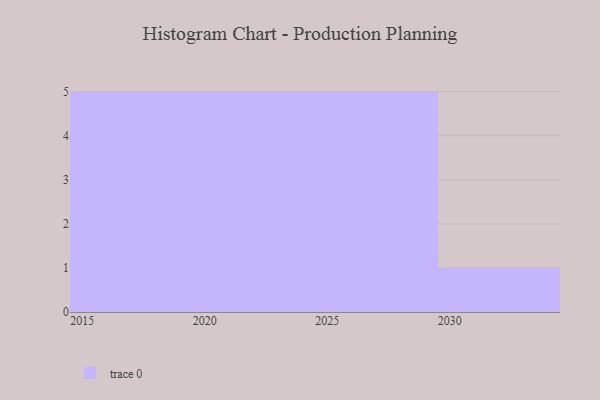
{"axis": {"x": "Year", "y": "Production Output"}, "legend": [""], "data": [{"x": "2026", "y": 89, "type": ""}, {"x": "2030", "y": 23, "type": ""}, {"x": "2029", "y": 17, "type": ""}, {"x": "2021", "y": 59, "type": ""}, {"x": "2023", "y": 41, "type": ""}, {"x": "2019", "y": 95, "type": ""}, {"x": "2024", "y": 16, "type": ""}, {"x": "2022", "y": 1, "type": ""}, {"x": "2016", "y": 5, "type": ""}, {"x": "2020", "y": 61, "type": ""}, {"x": "2027", "y": 34, "type": ""}, {"x": "2017", "y": 80, "type": ""}, {"x": "2015", "y": 71, "type": ""}, {"x": "2028", "y": 15, "type": ""}, {"x": "2025", "y": 10, "type": ""}, {"x": "2018", "y": 34, "type": ""}]}